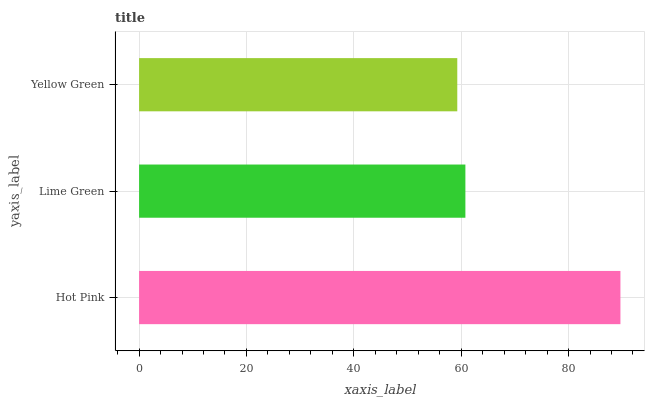
| yaxis_label | bars |
 | --- | --- |
 | Hot Pink | 89.7 |
 | Lime Green | 60.8 |
 | Yellow Green | 59.3 |